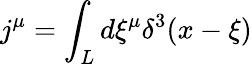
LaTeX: j^{\mu}=\int_{L}d\xi^{\mu}\delta^{3}(x-\xi)